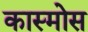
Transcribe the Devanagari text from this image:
कास्मोस